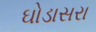
ઘોડાસરા